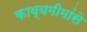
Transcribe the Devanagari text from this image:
काव्यमीमांसे